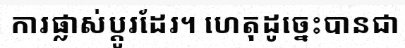
ការផ្លាស់ប្តូរដែរ។ ហេតុដូច្នេះបានជា